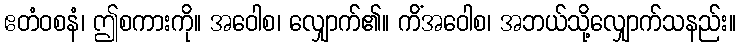
ဧတံဝစနံ၊ ဤစကားကို။ အဝေါစ၊ လျှောက်၏။ ကိံအဝေါစ၊ အဘယ်သို့လျှောက်သနည်း။